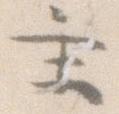
主